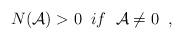
LaTeX: \begin{align*}N({\cal A})>0 \; \; if \; \; {\cal A} \neq 0 \; \; ,\end{align*}